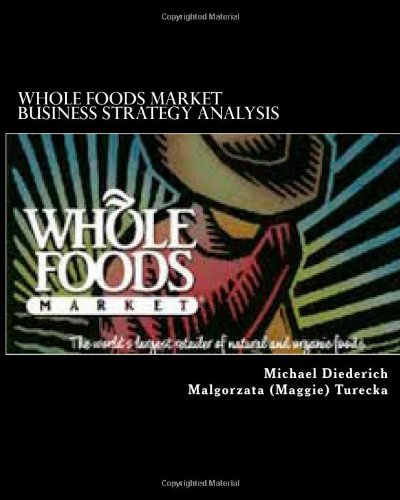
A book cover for Whole Foods Market Business Strategy Analysis; Michael Diederich; Cookbooks, Food & Wine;